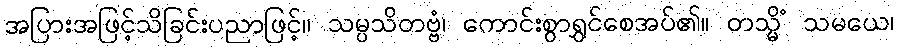
အပြားအဖြင့်သိခြင်းပညာဖြင့်။ သမ္ပသိတဗ္ဗံ၊ ကောင်းစွာရွှင်စေအပ်၏။ တသ္မိံ သမယေ၊